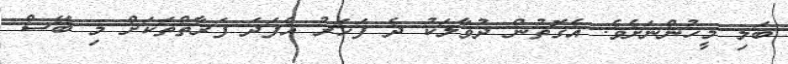
ބަލި މީހުންނަށެވެ. އެގޮތުން ދުވާލަކު ދެ ފަހަރު އެފަދަ ފަރާތްތަކަށް މި ބޭސް